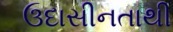
ઉદાસીનતાથી